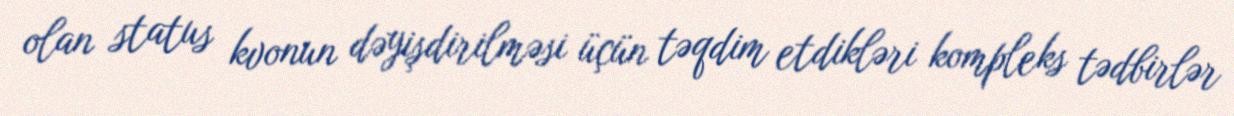
olan status kvonun dəyişdirilməsi üçün təqdim etdikləri kompleks tədbirlər